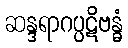
ဆန္ဒရာဂပ္ပဋိဗန္ဓံ